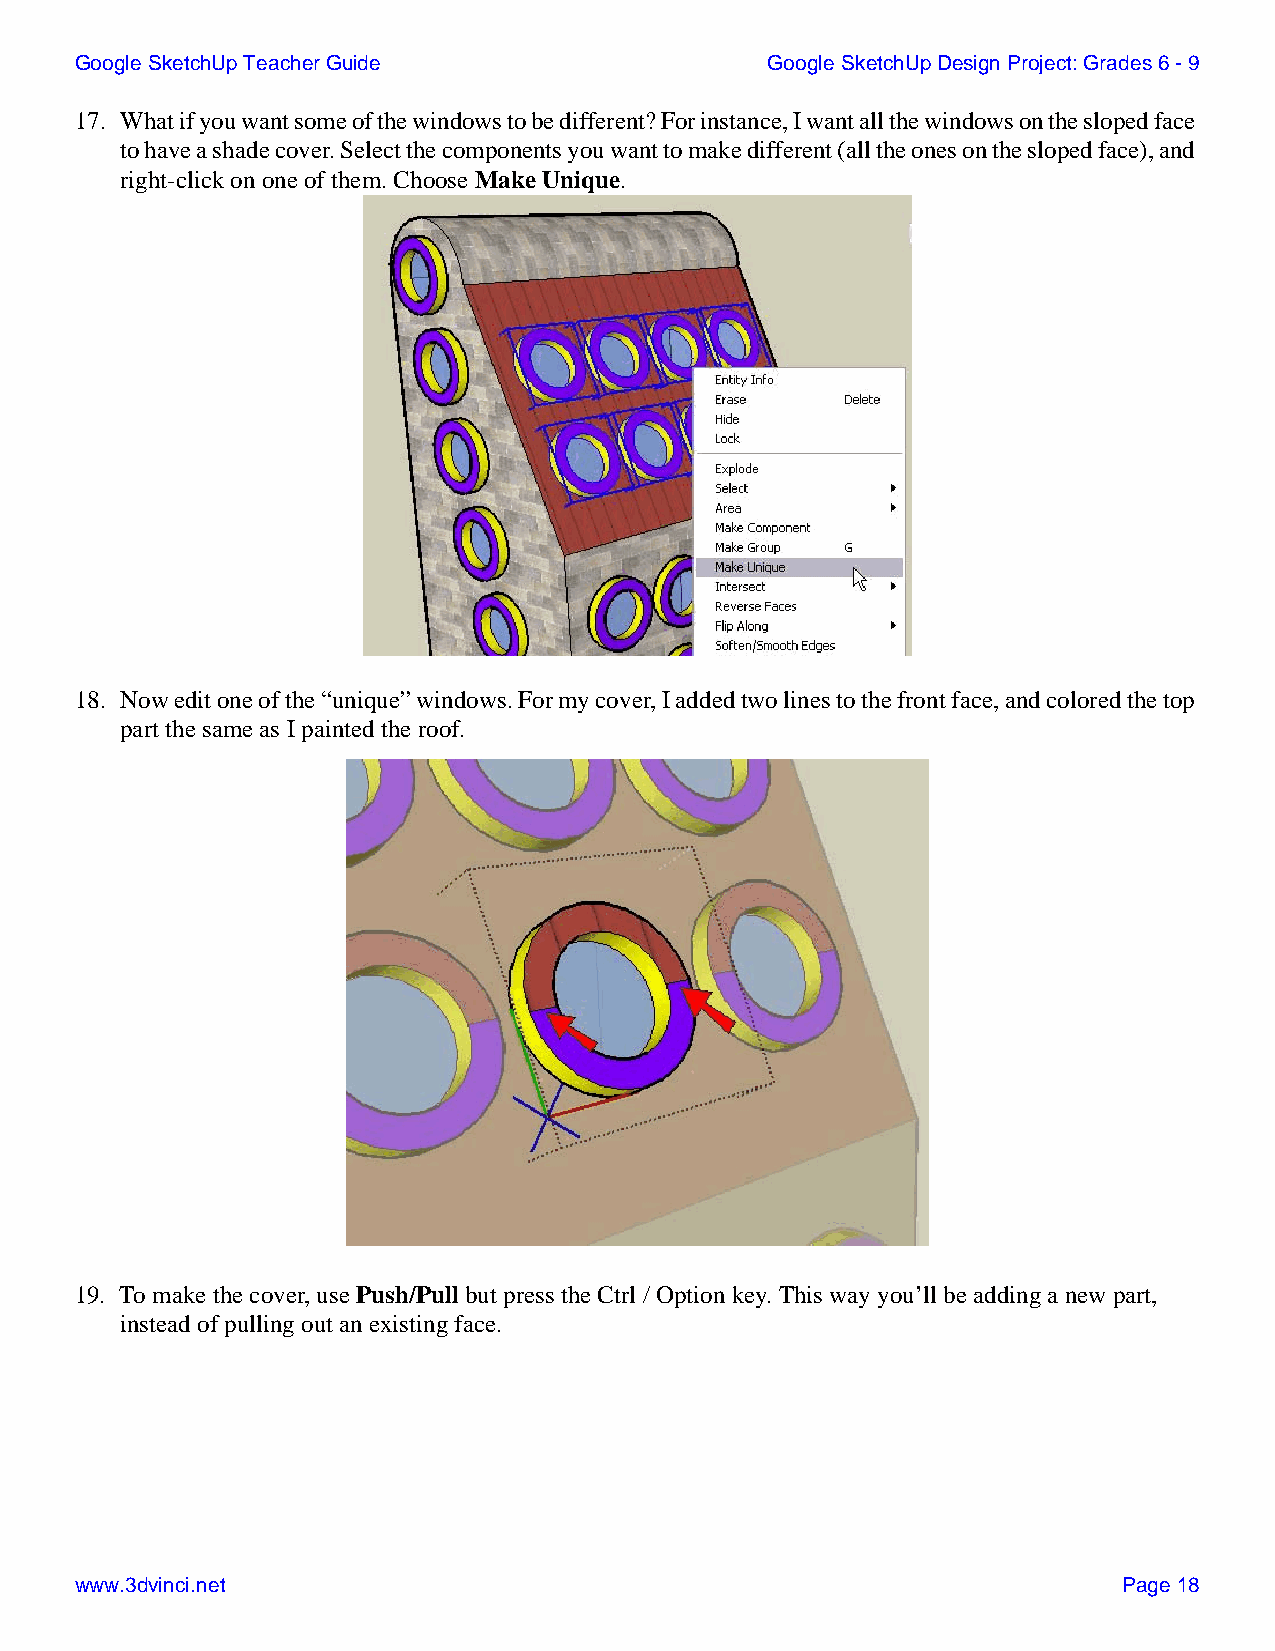
Google SketchUp Teacher Guide                 Google SketchUp Design Project: Grades 6 - 9
 17. What if you want some of the windows to be different? For instance, I want all the windows on the sloped face
 to have a shade cover. Select the components you want to make different (all the ones on the sloped face), and
 right-click on one of them. Choose Make Unique.
 18. Now edit one of the “unique” windows. For my cover, I added two lines to the front face, and colored the top
 part the same as I painted the roof.
 19. To make the cover, use Push/Pull but press the Ctrl / Option key. This way you’ll be adding a new part,
 instead of pulling out an existing face.
 www.3dvinci.net                                                      Page 18